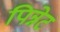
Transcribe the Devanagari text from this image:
पिन्नेट